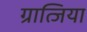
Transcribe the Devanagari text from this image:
ग्रात्जिया